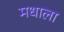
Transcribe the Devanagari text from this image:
मधाला